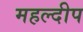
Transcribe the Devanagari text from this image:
महल्दीप